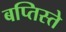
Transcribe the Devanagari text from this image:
बप्तिस्ते